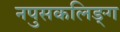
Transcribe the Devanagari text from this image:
नपुसकलिङ्ग